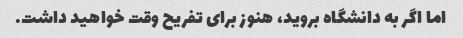
اما اگر به دانشگاه بروید، هنوز برای تفریح ​​وقت خواهید داشت.